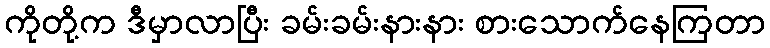
ကိုတို့က ဒီမှာလာပြီး ခမ်းခမ်းနားနား စားသောက်နေကြတာ